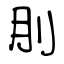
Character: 刖